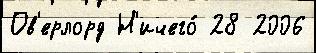
Ов'ерлорд Н'ичего́ 28 2006